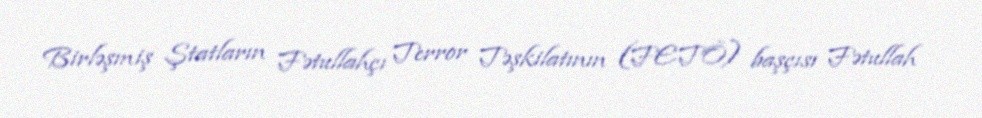
Birləşmiş Ştatların Fətullahçı Terror Təşkilatının (FETÖ) başçısı Fətullah